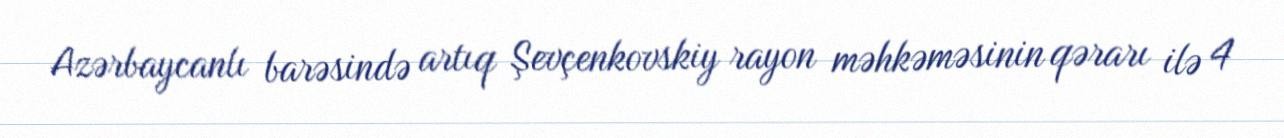
Azərbaycanlı barəsində artıq Şevçenkovskiy rayon məhkəməsinin qərarı ilə 4